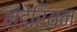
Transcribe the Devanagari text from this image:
मंडेरियन